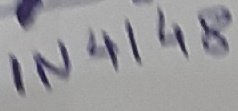
Text: IN4148